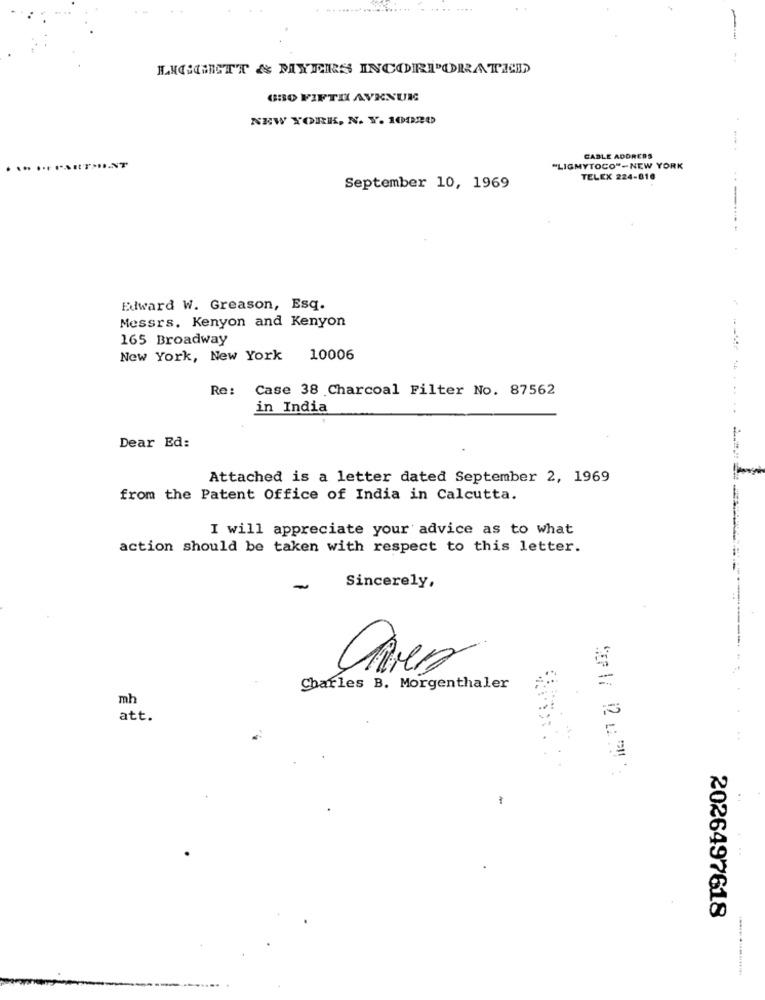
-
LIGGETT & MIXERS INCORPORATED
630 FIFTH AVENUE
NEW YORK, N. Y. 10020
CABLE ADDRESS
....
"LIGMYTOCO"-NEW YORK
TELEX 224-610
September 10, 1969
..
Edward W. Greason, Esq.
Messrs. Kenyon and Kenyon
165 Broadway
New York, New York 10006
Re:
Case 38 Charcoal Filter No. 87562
in India
Dear Ed:
Attached is a letter dated September 2, 1969
from the Patent Office of India in Calcutta.
-
I will appreciate your advice as to what
action should be taken with respect to this letter.
Sincerely,
=
Charles B. Morgenthaler
mh
att.
2026497618